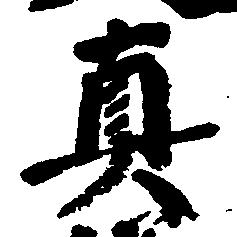
真